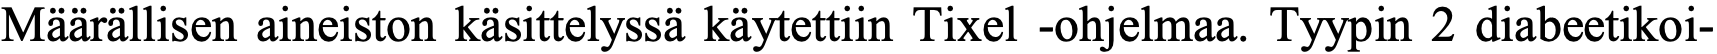
Määrällisen aineiston käsittelyssä käytettiin Tixel -ohjelmaa. Tyypin 2 diabeetikoi-